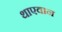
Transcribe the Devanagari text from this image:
थाएवान